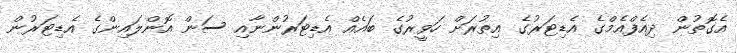
އެގޮތުން ދިއެފްއެމްގެ އެޑިޓަރުގެ އިތުރަށް ހަވީރުގެ ބައެއް އެޑިޓަރުންނާއި ސަން އޮންލައިންގެ އެޑިޓަރުން